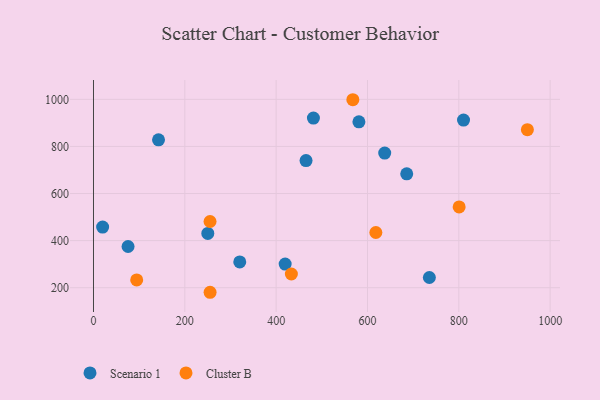
{"axis": {"x": "Study Hours", "y": "Fuel Efficiency"}, "legend": ["Cluster B", "Scenario 1"], "data": [{"x": "637.7", "y": 771.8, "type": "Scenario 1"}, {"x": "250.3", "y": 430.7, "type": "Scenario 1"}, {"x": "735.5", "y": 243.3, "type": "Scenario 1"}, {"x": "320.3", "y": 309.6, "type": "Scenario 1"}, {"x": "810.3", "y": 911.8, "type": "Scenario 1"}, {"x": "465.4", "y": 739.8, "type": "Scenario 1"}, {"x": "481.6", "y": 920.4, "type": "Scenario 1"}, {"x": "75.7", "y": 375.0, "type": "Scenario 1"}, {"x": "142.4", "y": 828.1, "type": "Scenario 1"}, {"x": "685.9", "y": 683.5, "type": "Scenario 1"}, {"x": "419.7", "y": 300.5, "type": "Scenario 1"}, {"x": "20.0", "y": 457.5, "type": "Scenario 1"}, {"x": "581.2", "y": 904.7, "type": "Scenario 1"}, {"x": "800.7", "y": 543.0, "type": "Cluster B"}, {"x": "255.3", "y": 180.6, "type": "Cluster B"}, {"x": "433.3", "y": 258.2, "type": "Cluster B"}, {"x": "618.3", "y": 434.5, "type": "Cluster B"}, {"x": "255.2", "y": 481.1, "type": "Cluster B"}, {"x": "950.1", "y": 871.0, "type": "Cluster B"}, {"x": "567.9", "y": 998.4, "type": "Cluster B"}, {"x": "94.6", "y": 233.1, "type": "Cluster B"}]}